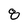
Character: 8